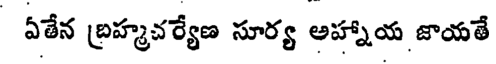
ఏతేన బ్రహ్మచర్యేణ సూర్య అహ్నాయ జాయతే